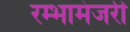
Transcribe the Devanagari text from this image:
रम्भामंजरी